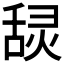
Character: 𰰄